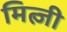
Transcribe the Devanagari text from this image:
मित्ज़ी